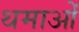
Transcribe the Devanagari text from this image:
थमाओं